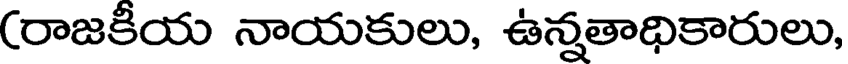
(రాజకీయ నాయకులు, ఉన్నతాధికారులు,